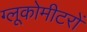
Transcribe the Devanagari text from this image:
ग्लूकोमीटरों